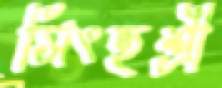
সিংহশ্রী